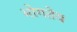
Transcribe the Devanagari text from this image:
भोगतेय